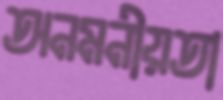
অনমনীয়তা